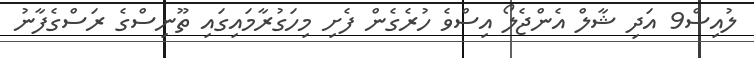
ލުއިސް9 އަދި ޝާލް އެންޖެލޯ އިސްވެ ހުރެގެން ފެށި މިހަގުރާމައިގައި ތޫނިސްގެ ރަސްގެފާނު